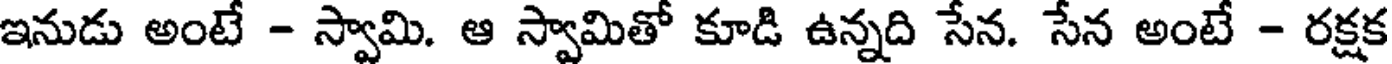
ఇనుడు అంటే - స్వామి. ఆ స్వామితో కూడి ఉన్నది సేన. సేన అంటే - రక్షక